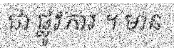
ជា ផ្លូវការ ។ មាន